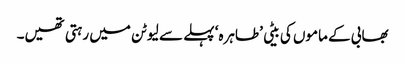
بھابی کے ماموں کی بیٹی ’طاہرہ‘ پہلے سے لیوٹن میں رہتی تھیں۔